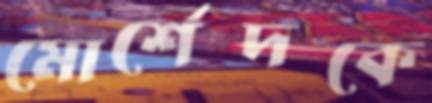
মোর্শেদকে